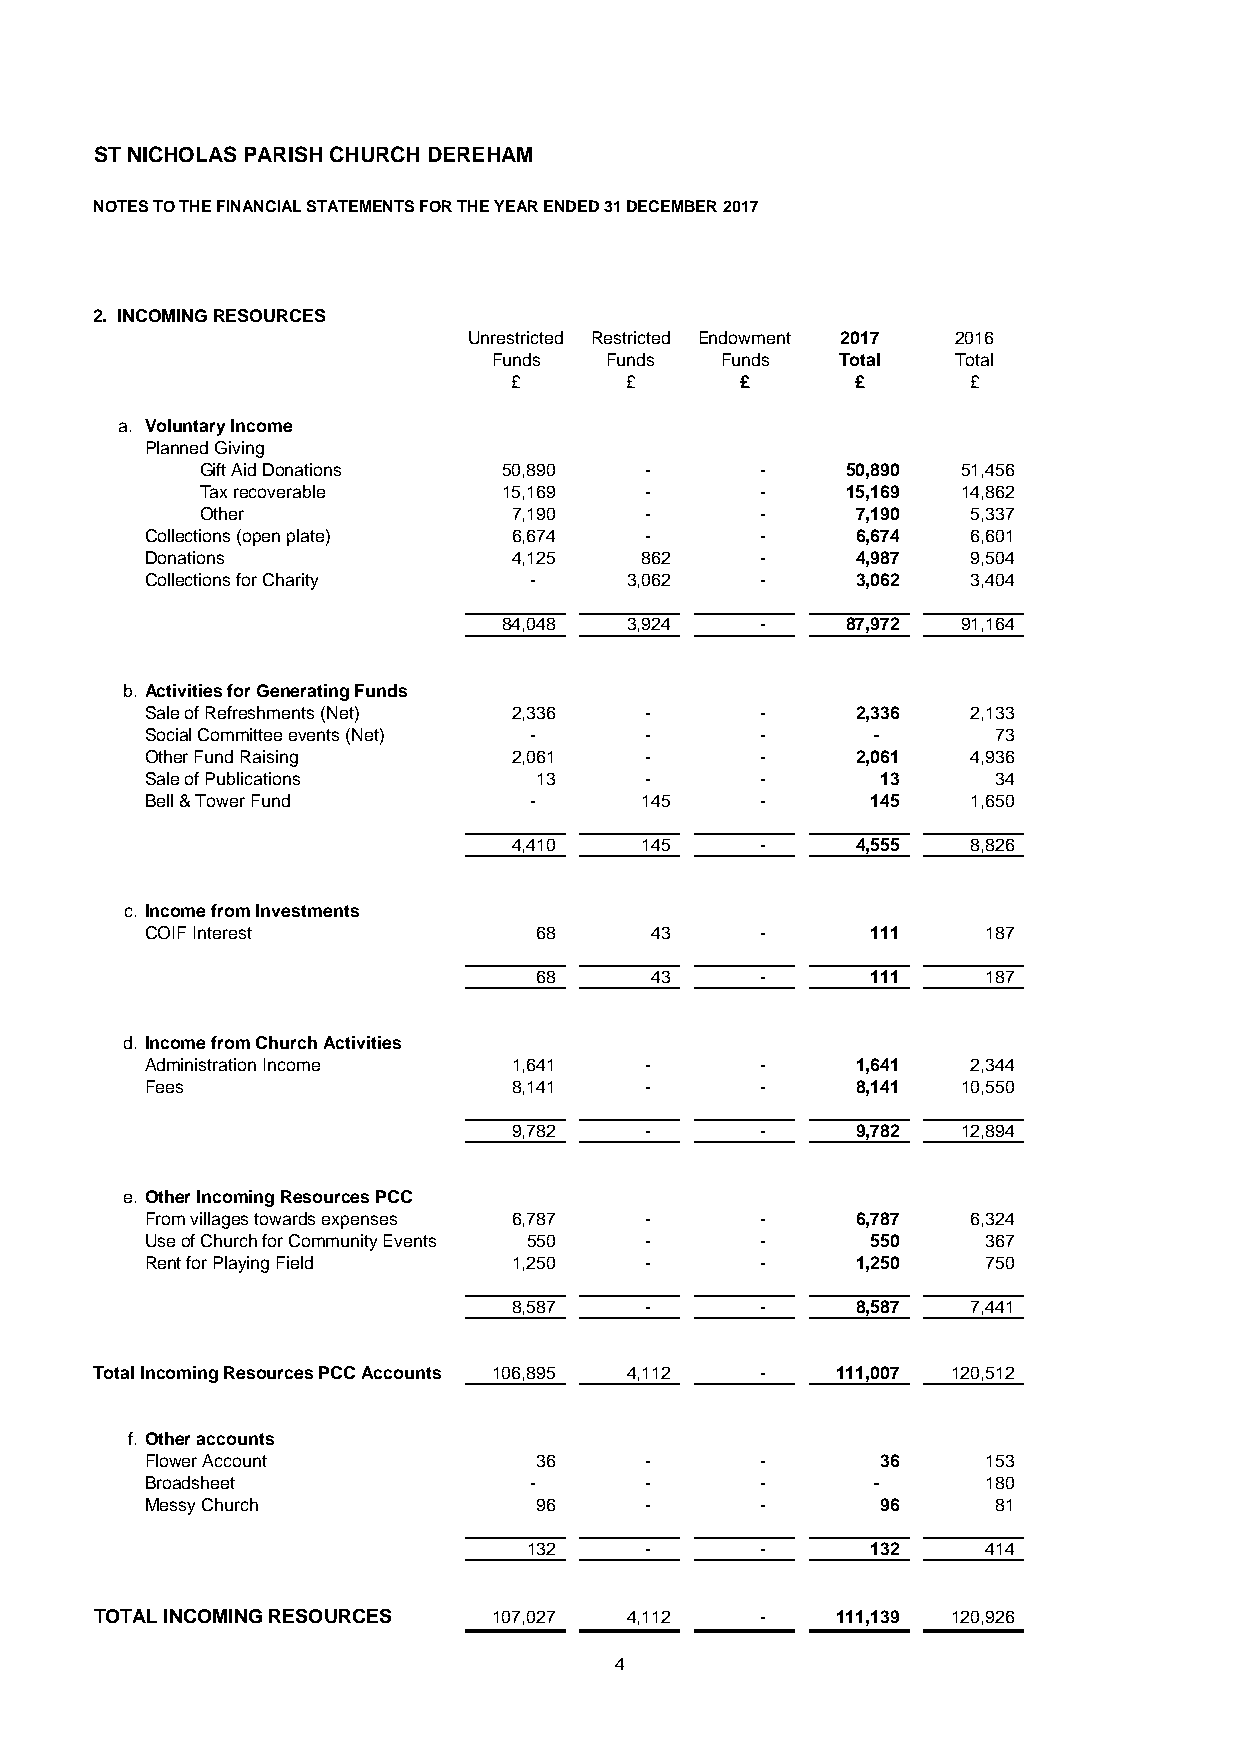
ST NICHOLAS PARISH CHURCH DEREHAM
 NOTES TO THE FINANCIAL STATEMENTS FOR THE YEAR ENDED 31 DECEMBER 2017
 2. INCOMING RESOURCES
 Unrestricted Restricted Endowment 2017 2016
 Funds  Funds   Funds  Total   Total
 £      £       £       £      £
 a. Voluntary Income
 Planned Giving
 Gift Aid Donations  50,890    -      -     50,890  51,456
 Tax recoverable     15,169    -      -     15,169  14,862
 Other                7,190    -      -      7,190  5,337
 Collections (open plate) 6,674   -      -      6,674  6,601
 Donations               4,125   862     -      4,987  9,504
 Collections for Charity  -     3,062    -      3,062  3,404
 84,048  3,924    -     87,972  91,164
 b. Activities for Generating Funds
 Sale of Refreshments (Net) 2,336 -      -      2,336  2,133
 Social Committee events (Net) -  -      -       -       73
 Other Fund Raising      2,061    -      -      2,061  4,936
 Sale of Publications     13      -      -       13      34
 Bell & Tower Fund        -      145     -       145   1,650
 4,410   145     -      4,555  8,826
 c. Income from Investments
 COIF Interest            68      43     -       111    187
 68      43     -       111    187
 d. Income from Church Activities
 Administration Income   1,641    -      -      1,641  2,344
 Fees                    8,141    -      -      8,141  10,550
 9,782    -      -      9,782  12,894
 e. Other Incoming Resources PCC
 From villages towards expenses 6,787 -  -      6,787  6,324
 Use of Church for Community Events 550 - -      550    367
 Rent for Playing Field  1,250    -      -      1,250   750
 8,587    -      -      8,587  7,441
 Total Incoming Resources PCC Accounts 106,895 4,112 - 111,007 120,512
 f. Other accounts
 Flower Account           36      -      -       36     153
 Broadsheet               -       -      -       -      180
 Messy Church             96      -      -       96      81
 132     -      -       132    414
 TOTAL INCOMING RESOURCES   107,027 4,112    -    111,139 120,926
 4